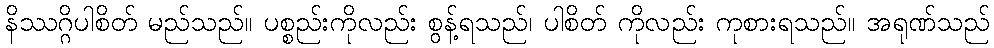
နိဿဂ္ဂိပါစိတ် မည်သည်။ ပစ္စည်းကိုလည်း စွန့်ရသည်၊ ပါစိတ် ကိုလည်း ကုစားရသည်။ အရုဏ်သည်